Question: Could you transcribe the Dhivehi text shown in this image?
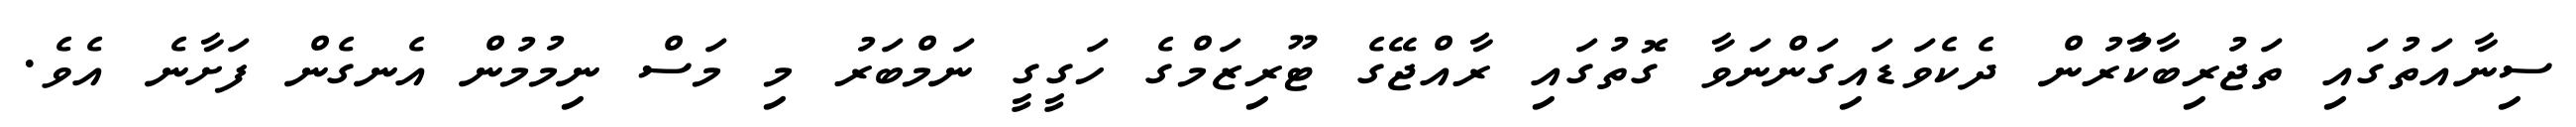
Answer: ސިނާއަތުގައި ތަޖުރިބާކާުރުން ދެކެވަޑައިގަންނަވާ ގޮތުގައި ރާއްޖޭގެ ޓޫރިޒަމްގެ ހަގީގީ ނަމްބަރު މި މަސް ނިމުމުން އެނގެން ފަށާނެ އެވެ.